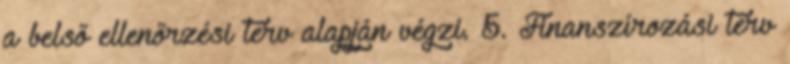
a belső ellenőrzési terv alapján végzi. 5. Finanszírozási terv